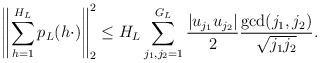
LaTeX: \begin{align*} \left\| \sum_{h=1}^{H_L} p_L (h \cdot) \right\|_2^2 \leq H_L\sum_{j_1,j_2=1}^{G_{L}} \frac{|u_{j_1} u_{j_2}|}{2}\frac{\gcd(j_1,j_2)}{\sqrt{j_1 j_2}}.\end{align*}